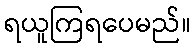
ရယူကြရပေမည်။